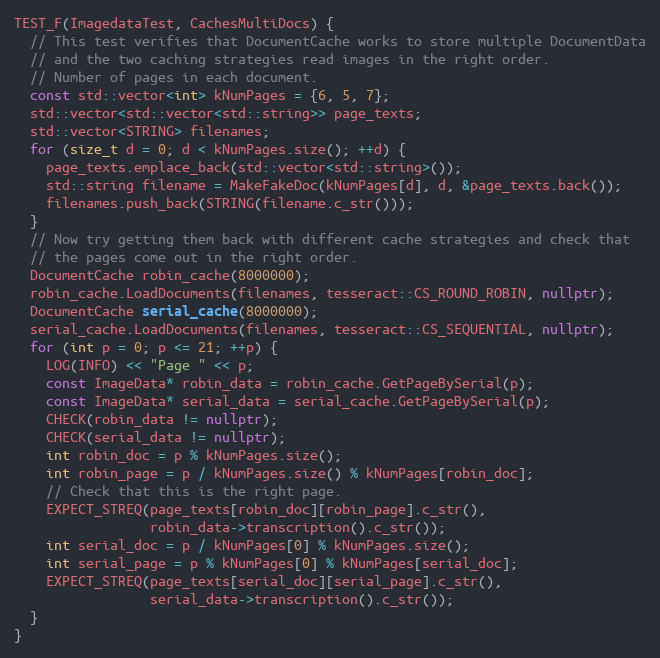
Language: C++
TEST_F(ImagedataTest, CachesMultiDocs) {
  // This test verifies that DocumentCache works to store multiple DocumentData
  // and the two caching strategies read images in the right order.
  // Number of pages in each document.
  const std::vector<int> kNumPages = {6, 5, 7};
  std::vector<std::vector<std::string>> page_texts;
  std::vector<STRING> filenames;
  for (size_t d = 0; d < kNumPages.size(); ++d) {
    page_texts.emplace_back(std::vector<std::string>());
    std::string filename = MakeFakeDoc(kNumPages[d], d, &page_texts.back());
    filenames.push_back(STRING(filename.c_str()));
  }
  // Now try getting them back with different cache strategies and check that
  // the pages come out in the right order.
  DocumentCache robin_cache(8000000);
  robin_cache.LoadDocuments(filenames, tesseract::CS_ROUND_ROBIN, nullptr);
  DocumentCache serial_cache(8000000);
  serial_cache.LoadDocuments(filenames, tesseract::CS_SEQUENTIAL, nullptr);
  for (int p = 0; p <= 21; ++p) {
    LOG(INFO) << "Page " << p;
    const ImageData* robin_data = robin_cache.GetPageBySerial(p);
    const ImageData* serial_data = serial_cache.GetPageBySerial(p);
    CHECK(robin_data != nullptr);
    CHECK(serial_data != nullptr);
    int robin_doc = p % kNumPages.size();
    int robin_page = p / kNumPages.size() % kNumPages[robin_doc];
    // Check that this is the right page.
    EXPECT_STREQ(page_texts[robin_doc][robin_page].c_str(),
                 robin_data->transcription().c_str());
    int serial_doc = p / kNumPages[0] % kNumPages.size();
    int serial_page = p % kNumPages[0] % kNumPages[serial_doc];
    EXPECT_STREQ(page_texts[serial_doc][serial_page].c_str(),
                 serial_data->transcription().c_str());
  }
}